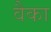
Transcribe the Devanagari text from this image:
वैका